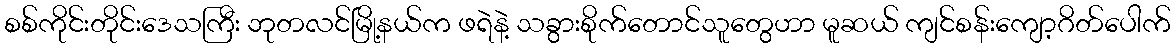
စစ်ကိုင်းတိုင်းဒေသကြီး ဘုတလင်မြို့နယ်က ဖရဲနဲ့ သခွားစိုက်တောင်သူတွေဟာ မူဆယ် ကျင်စန်းကျော့ဂိတ်ပေါက်